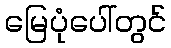
မြေပုံပေါ်တွင်